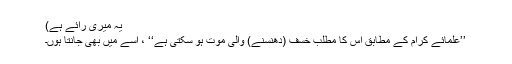
یہ میری رائے ہے)
’’علمائے کرام کے مطابق اس کا مطلب خسف (دھنسنے) والی موت ہو سکتی ہے‘‘ ، اسے میں بھی جانتا ہوں۔